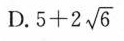
D. $$5 + 2 \sqrt { 6 }$$